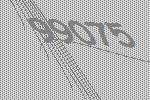
99075